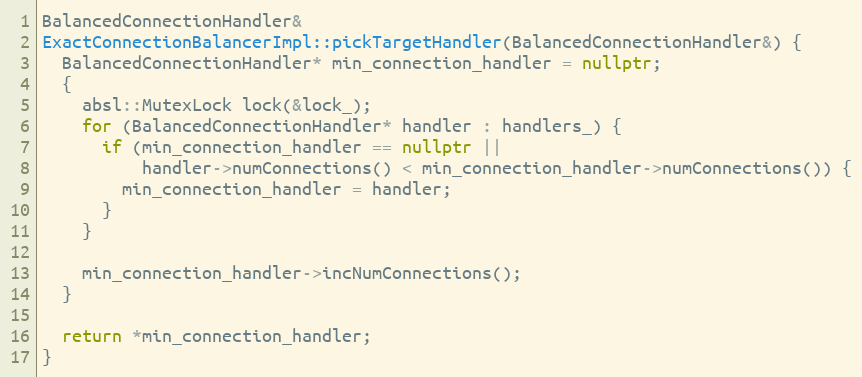
Language: C++
BalancedConnectionHandler&
ExactConnectionBalancerImpl::pickTargetHandler(BalancedConnectionHandler&) {
  BalancedConnectionHandler* min_connection_handler = nullptr;
  {
    absl::MutexLock lock(&lock_);
    for (BalancedConnectionHandler* handler : handlers_) {
      if (min_connection_handler == nullptr ||
          handler->numConnections() < min_connection_handler->numConnections()) {
        min_connection_handler = handler;
      }
    }

    min_connection_handler->incNumConnections();
  }

  return *min_connection_handler;
}